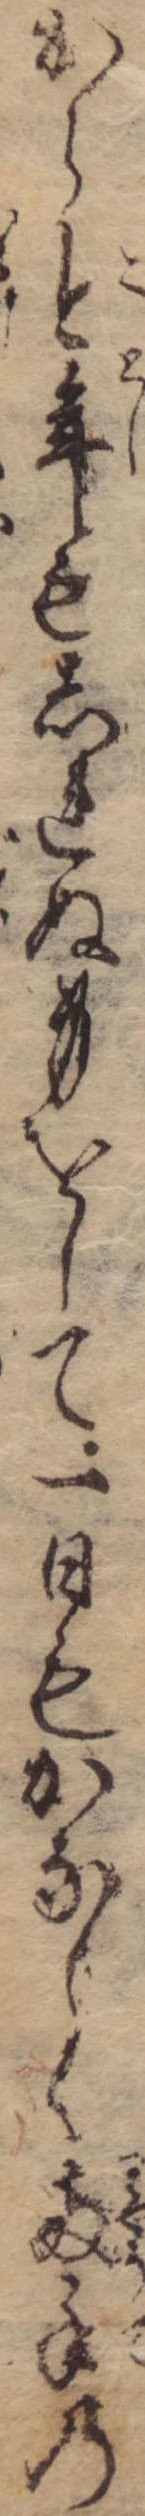
から今年もしれぬ身をして一日もかなしく両手の